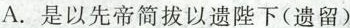
A.是以先帝简拔以遗陛下(遗留)